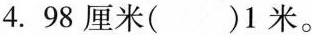
4.98厘米( )1米。